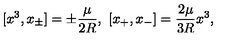
[ x ^ { 3 } , x _ { \pm } ] = \pm \frac { \mu } { 2 R } , \ [ x _ { + } , x _ { - } ] = \frac { 2 \mu } { 3 R } x ^ { 3 } ,